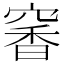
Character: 𥧎